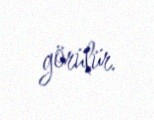
görülür.